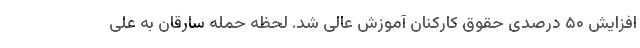
افزایش ۵۰ درصدی حقوق کارکنان آموزش عالی شد. لحظه حمله سارقان به علی